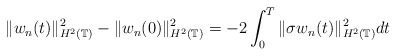
\begin{align*} \|w_n(t)\|_{H^2(\mathbb{T})}^{2}- \|w_n(0)\|_{H^2(\mathbb{T})}^{2}=-2\int_{0}^{T} \|\sigma w_n(t)\|_{H^2(\mathbb{T})}^{2}dt\end{align*}